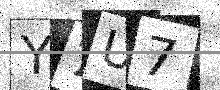
Text: Y7U7